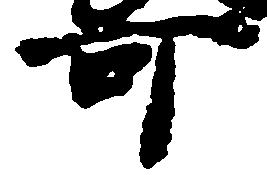
可